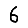
Digit: 6